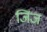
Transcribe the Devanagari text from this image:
जिंज